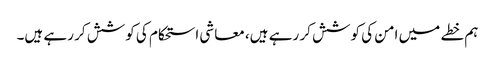
ہم خطے میں امن کی کوشش کر رہے ہیں، معاشی استحکام کی کوشش کر رہے ہیں۔